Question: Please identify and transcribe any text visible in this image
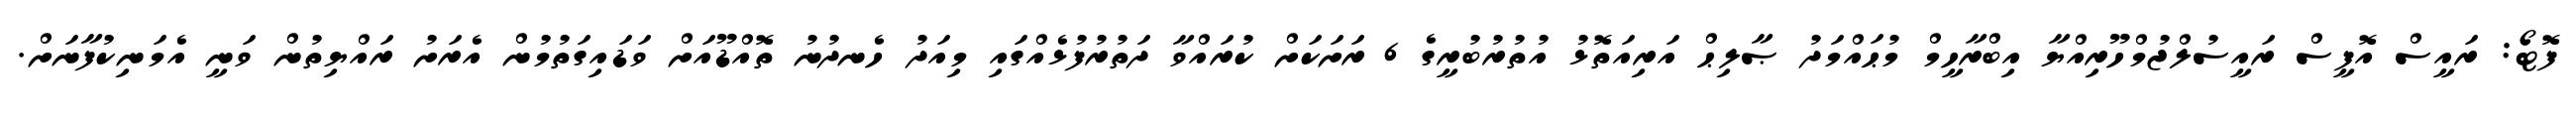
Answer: ފޮޓޯ: ރައީސް އޮފީސް ރައީސުލްޖުމްހޫރިއްޔާ އިބްރާހީމް މުޙައްމަދު ޞާލިޙް އަރިއަތޮޅު އުތުރުބުރީގެ 6 ރަށަކަށް ކުރައްވާ ދަތުރުފުޅެއްގައި މިއަދު ހެނދުނު ތޮއްޑޫއަށް ވަޑައިގަތުމުން އެރަށު ރައްޔިތުން ވަނީ އެމަނިކުފާނަށް.